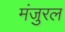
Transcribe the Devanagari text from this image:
मंजुरल